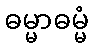
ဓမ္မာဓမ္မံ